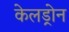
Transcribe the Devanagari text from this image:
केलड्रोन